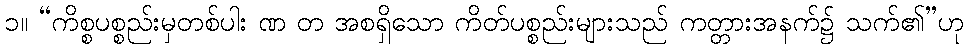
၁။ “ကိစ္စပစ္စည်းမှတစ်ပါး ဏ တ အစရှိသော ကိတ်ပစ္စည်းများသည် ကတ္တားအနက်၌ သက်၏”ဟု